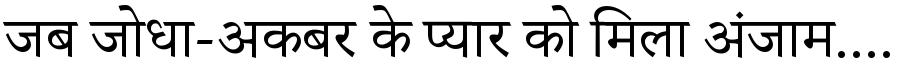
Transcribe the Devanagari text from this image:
जब जोधा-अकबर के प्यार को मिला अंजाम....